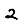
Digit: 2